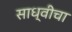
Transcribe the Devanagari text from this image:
साध्वीचा